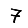
Digit: 7